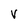
Character: V